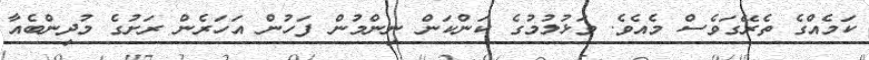
ކަމެއްގެ ތެރޭގަވެސް މެއެވެ. ވަޅުލުމުގެ ކަންކަން ނިންމުން ފަހުން އަހަރެން ރަށުގެ މުދިންބެއާ